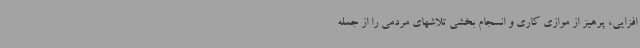
افزایی، پرهیز از موازی کاری و انسجام بخشی تلاشهای مردمی را از جمله